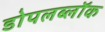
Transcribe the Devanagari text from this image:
डोपलब्लॉक